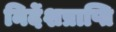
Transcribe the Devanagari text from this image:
निर्देशप्राप्ति